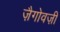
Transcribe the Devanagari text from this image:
ज़ैगोवज़ी